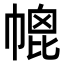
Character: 㡙